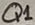
Text: Q1